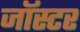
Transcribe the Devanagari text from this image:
जॉस्टर